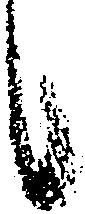
候